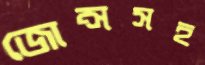
জোন্সসহ